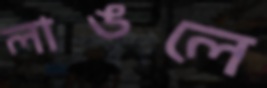
লাঙলে